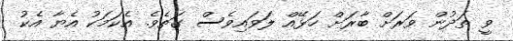
ވީ ތަދުން ވަރަށް ބާރަށް ހަޅޭއް ލަވައިވެސް ގަތެވެ. އެކަމަކު އެޔާ އެކު